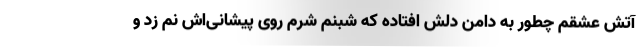
آتش عشقم چطور به دامن دلش افتاده که شبنم شرم روی پیشانی‌اش نم زد و